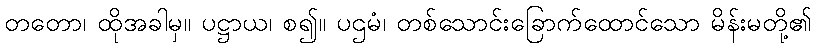
တတော၊ ထိုအခါမှ။ ပဋ္ဌာယ၊ စ၍။ ပဌမံ၊ တစ်သောင်းခြောက်ထောင်သော မိန်းမတို့၏